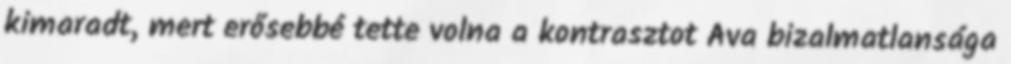
kimaradt, mert erősebbé tette volna a kontrasztot Ava bizalmatlansága